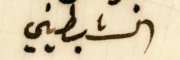
الشبطيني